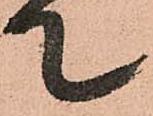
て